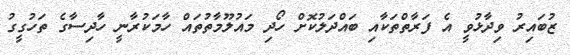
ޒުބައިރު ވިދާޅުވީ އެ ފަރާތްތަކާއި ބައްދަލުކޮށް ހޯދި މައުލޫމާތުތައް ހާމަކުރާނީ ހާދިސާގެ ތަހުގީގު